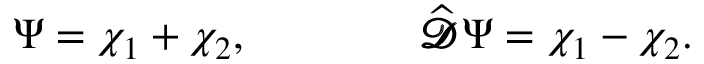
\Psi = \chi _ { 1 } + \chi _ { 2 } , \qquad \qquad { \widehat { \pmb { \mathscr { D } } } } \Psi = \chi _ { 1 } - \chi _ { 2 } .